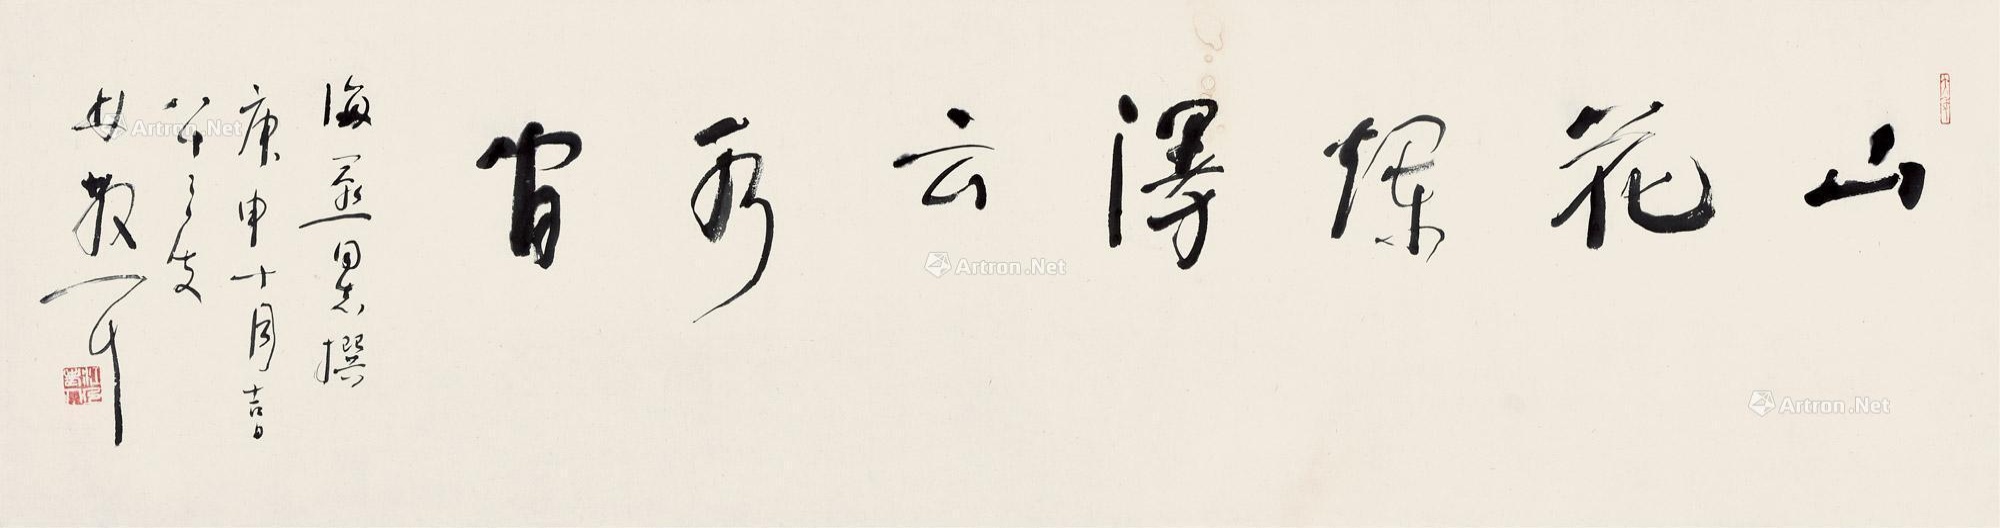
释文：山花烂漫云水间。海燕同志撰庚申十月吉日八十三叟林散耳。